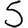
Digit: 5